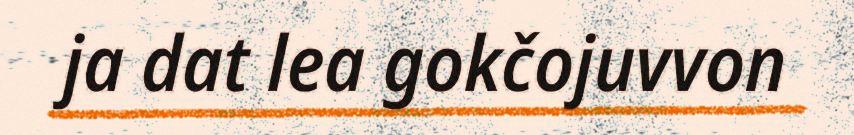
ja dat lea gokčojuvvon